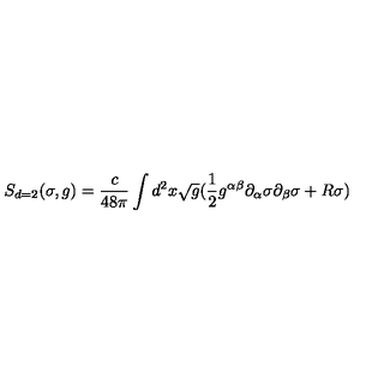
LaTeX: S _ { d = 2 } ( \sigma , g ) = \frac { c } { 4 8 \pi } \int d ^ { 2 } x \sqrt { g } ( \frac { 1 } { 2 } g ^ { \alpha \beta } \partial _ { \alpha } \sigma \partial _ { \beta } \sigma + R \sigma )